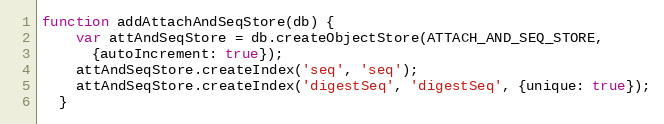
Language: JavaScript
function addAttachAndSeqStore(db) {
    var attAndSeqStore = db.createObjectStore(ATTACH_AND_SEQ_STORE,
      {autoIncrement: true});
    attAndSeqStore.createIndex('seq', 'seq');
    attAndSeqStore.createIndex('digestSeq', 'digestSeq', {unique: true});
  }